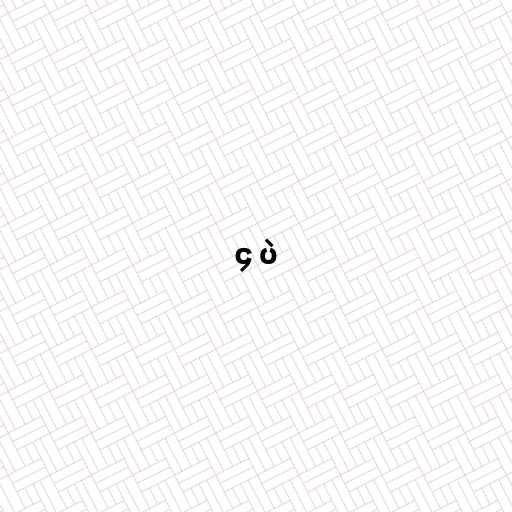
၄ ပဲ